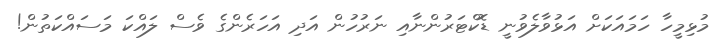
މުޅިމީހާ ހަމައަކަށް އަޅުވާލެވުނީ ޑޮކްޓަރުންނާއި ނަރުހުން އަދި އަހަރެންގެ ވެސް ލައްކަ މަސައްކަތުން!